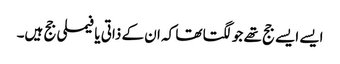
ایسے ایسے جج تھے جو لگتا تھا کہ ان کے ذاتی یا فیملی جج ہیں۔